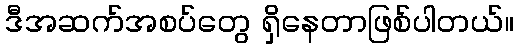
ဒီအဆက်အစပ်တွေ ရှိနေတာဖြစ်ပါတယ်။